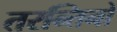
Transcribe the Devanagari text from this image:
तरन्तिनो